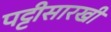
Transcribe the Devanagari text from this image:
पट्टीसारखी